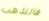
فالنذهب